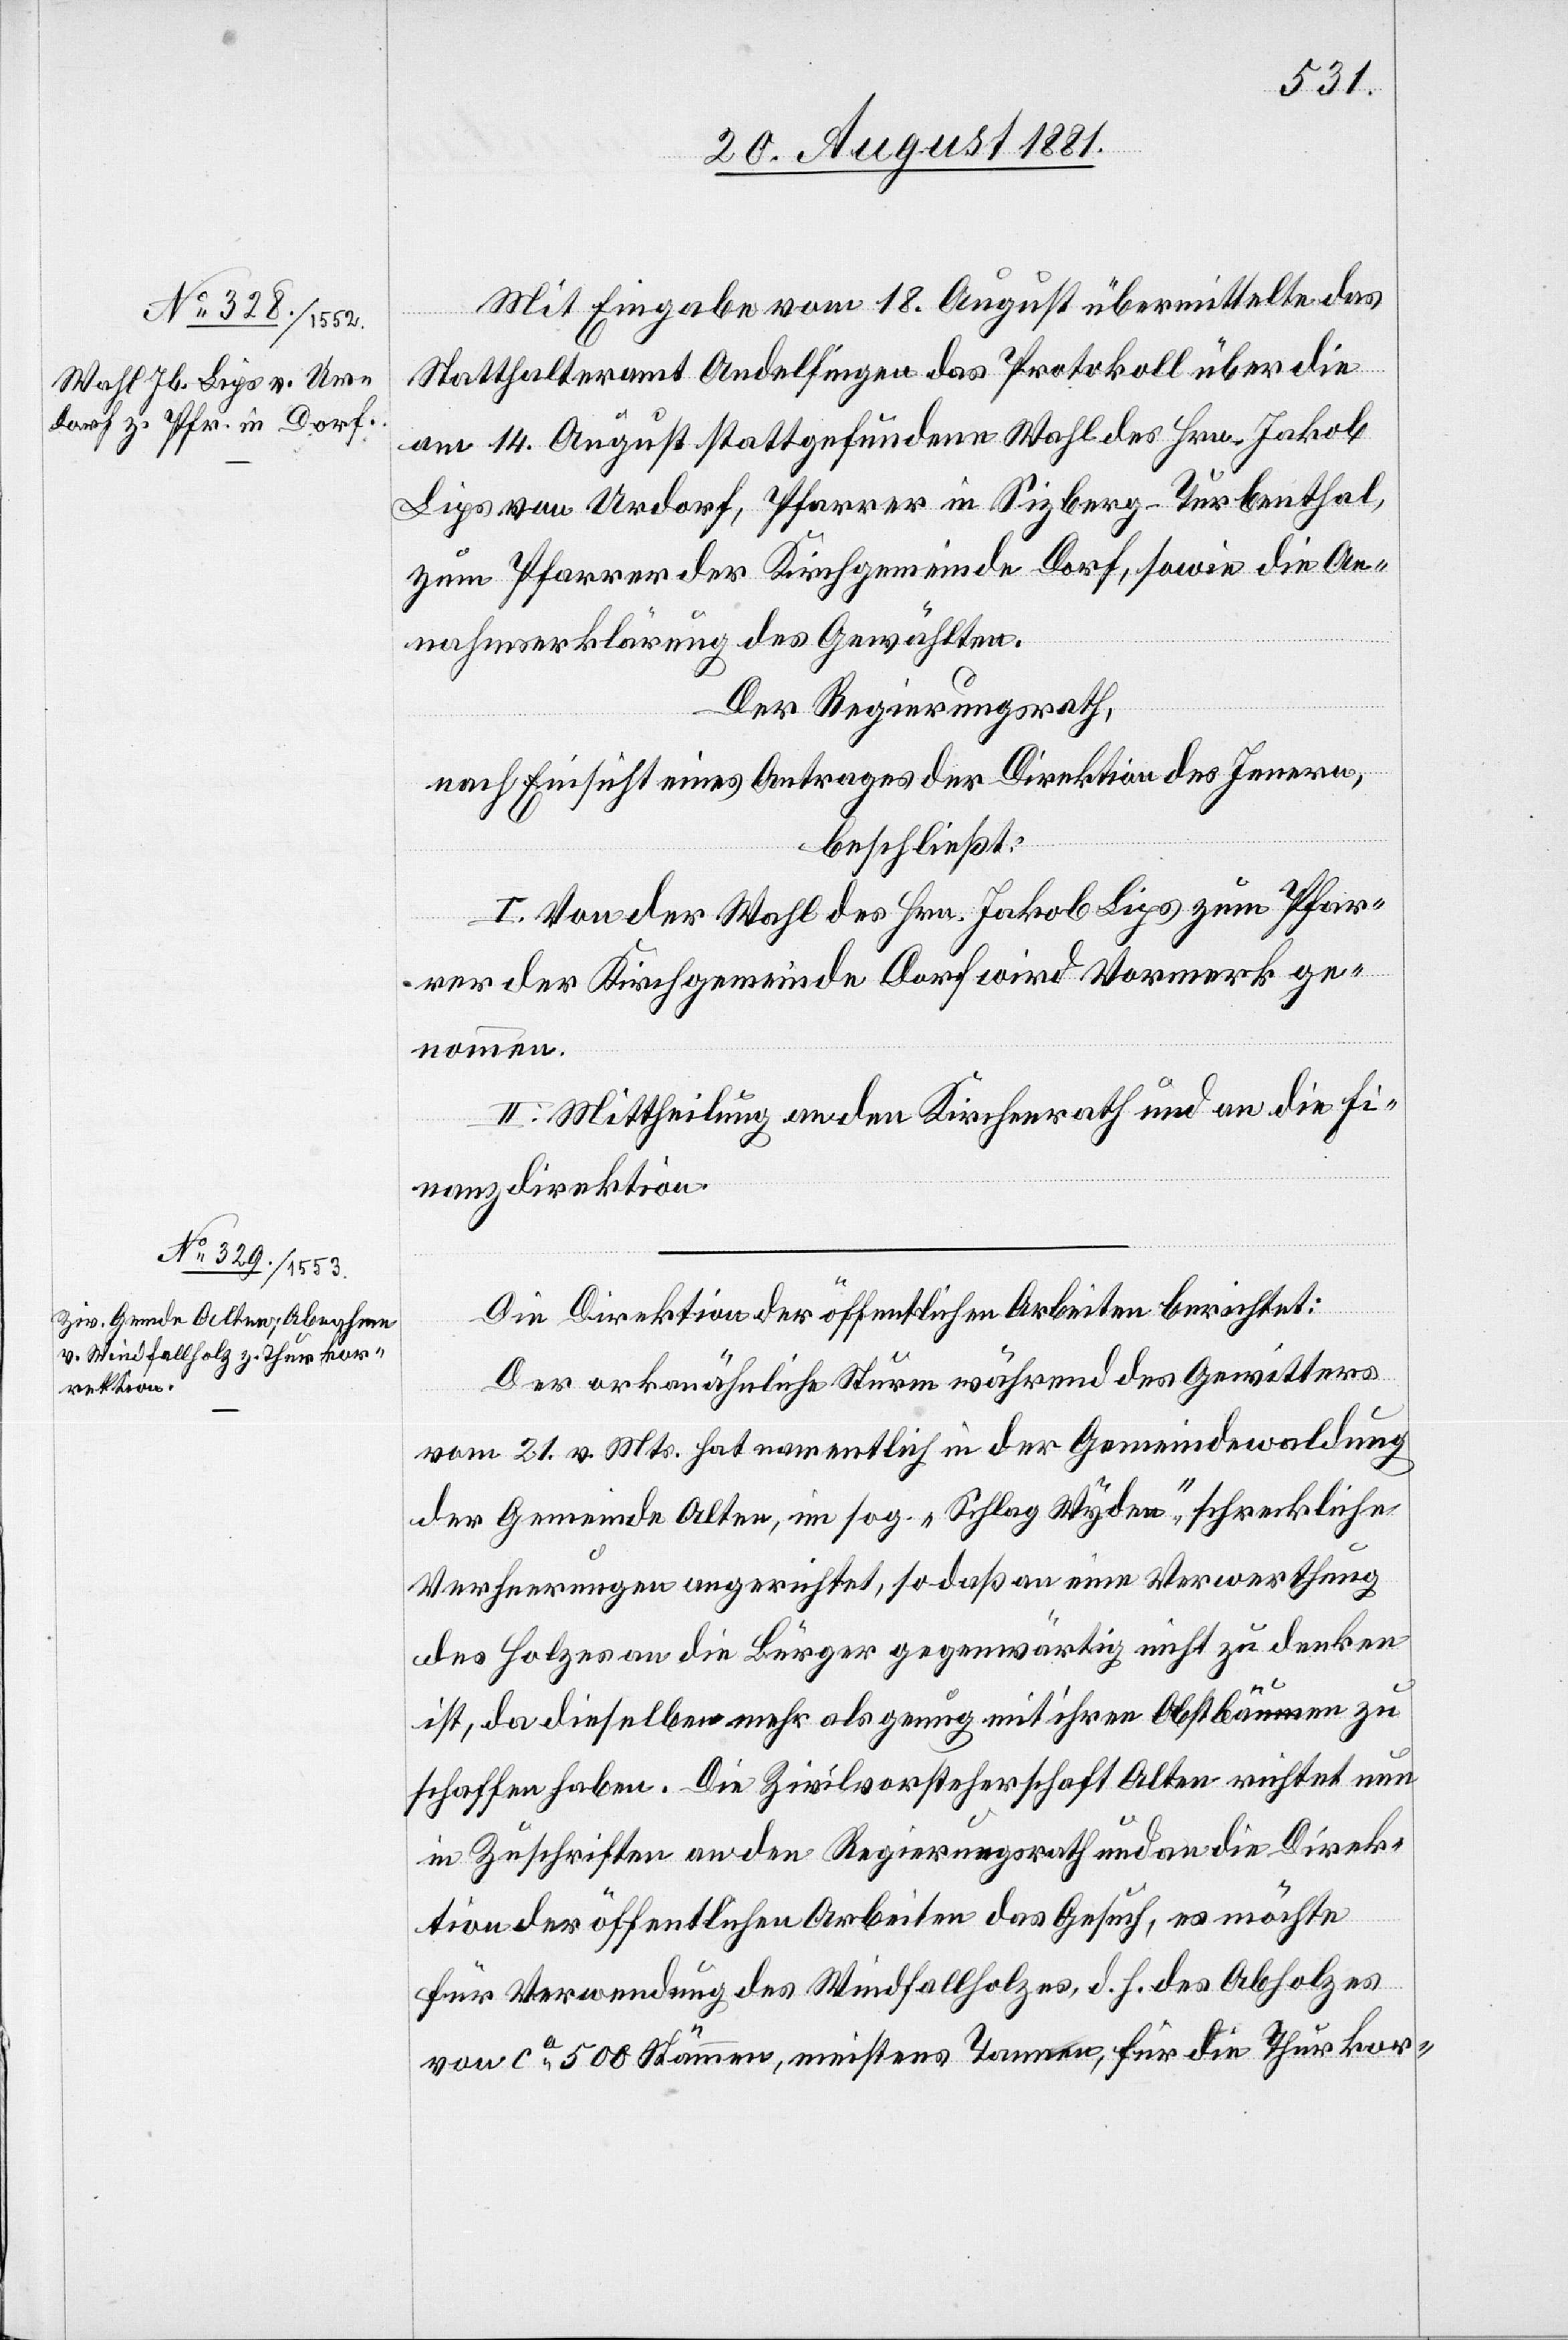
Mit Eingabe vom 18. August übermittelte das
Statthalteramt Andelfingen das Protokoll über die
am 14. August stattgefundene Wahl des Hrn. Jakob
Lips von Urdorf, Pfarrer in Sizberg - Turbenthal,
zum Pfarrer der Kirchgemeinde Dorf, sowie die An¬
nahmserklärung des Gewählten.
Der Regierungsrath,
nach Einsicht eines Antrages der Direktion des Innern,
beschließt:
I. Von der Wahl des Hrn. Jakob Lips zum Pfar¬
rer der Kirchgemeinde Dorf wird Vormerk ge¬
nommen.
II. Mittheilung an den Kirchenrath und an die Fi¬
nanzdirektion.
Die Direktion der öffentlichen Arbeiten berichtet:
Der orkanähnliche Sturm während des Gewitters
vom 21. v. Mts. hat namentlich in der Gemeindewaldung
der Gemeinde Alten, im sog. „Schlag Wyden“ schreckliche
Verheerungen angerichtet, sodaß an eine Verwerthung
des Holzes an die Bürger gegenwärtig nicht zu denken
ist, da dieselben mehr als genug mit ihren Obstbäumen zu
schaffen haben. Die Zivilvorsteherschaft Alten richtet nun
in Zuschriften an den Regierungsrath und an die Direk¬
tion der öffentlichen Arbeiten das Gesuch, es möchte
für Verwendung des Windfallholzes, d. h. des Abholzes
von ca 500 Stämmen, meistens Tannen, für die Thurkor-